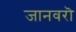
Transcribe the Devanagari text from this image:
जानवरॊ